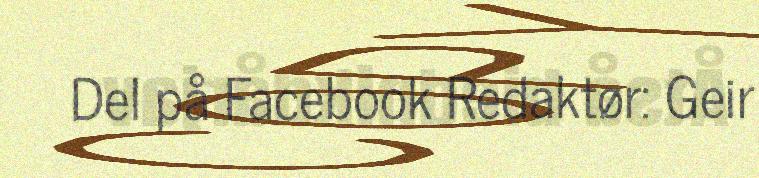
Del på Facebook Redaktør: Geir